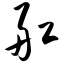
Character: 舡